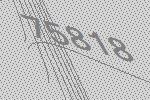
75818